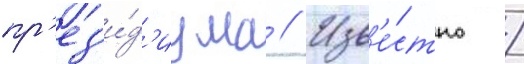
пр'ез'и́д'иума // Изв'е́стно /